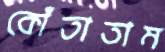
কোঁতাতাম